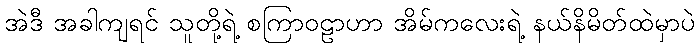
အဲဒီ အခါကျရင် သူတို့ရဲ့ စကြာဝဠာဟာ အိမ်ကလေးရဲ့ နယ်နိမိတ်ထဲမှာပဲ